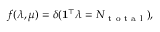
f ( \lambda , \mu ) = \delta ( \mathbf { 1 } ^ { \top } \lambda = N _ { \mathrm { ~ t ~ o ~ t ~ a ~ l ~ } } ) ,